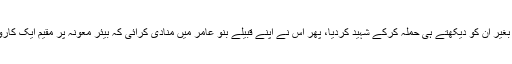
اس بدبخت نے خط پڑھے بغیر ان کو دیکھتے ہی حملہ کرکے شہید کردیا، پھر اس نے اپنے قبیلے بنو عامر میں منادی کرائی کہ بیئر معونہ پر مقیم ایک کارواں کو تہِ تیغ کردیا جائے۔